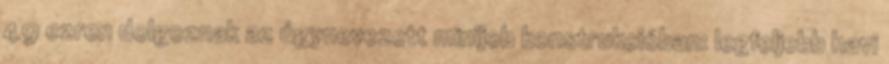
49 ezren dolgoznak az úgynevezett minijob konstrukcióban: legfeljebb havi